Indian journal of veterinary science and animal husbandry - Volumes 28-29, 1958-1959
Year: 1958
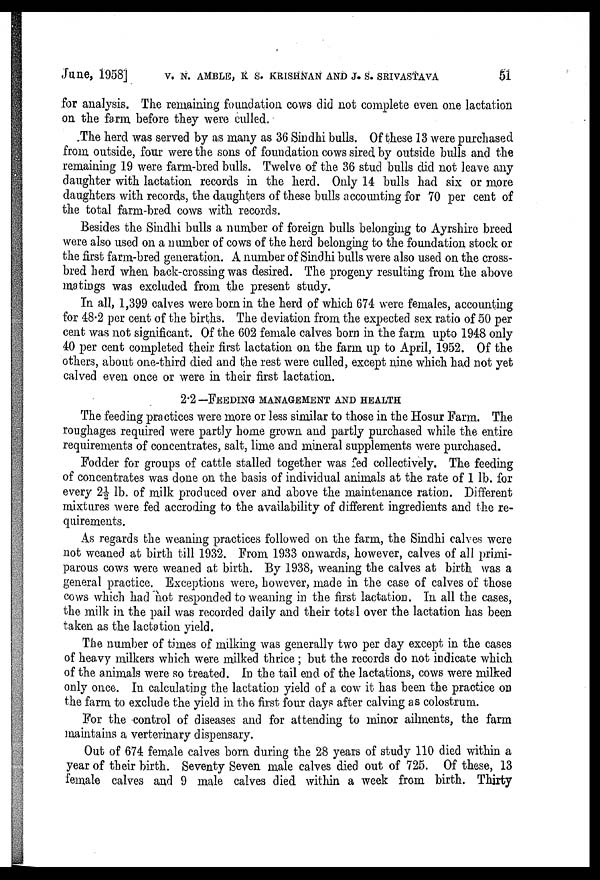
June, 1958] V. N. AMBLE, K. S. KRISHNAN AND J. S. SRIVASTAVA 51
for analysis. The remaining foundation cows did not complete even one lactation
on the farm before they were culled.
The herd was served by as many as 36 Sindhi bulls. Of these 13 were purchased
from outside, four were the sons of foundation cows sired by outside bulls and the
remaining 19 were farm-bred bulls. Twelve of the 36 stud bulls did not leave any
daughter with lactation records in the herd. Only 14 bulls had six or more
daughters with records, the daughters of these bulls accounting for 70 per cent of
the total farm-bred cows with records.
Besides the Sindhi bulls a number of foreign bulls belonging to Ayrshire breed
were also used on a number of cows of the herd belonging to the foundation stock or
the first farm-bred generation. A number of Sindhi bulls were also used on the cross-
bred herd when back-crossing was desired. The progeny resulting from the above
matings was excluded from the present study.
In all, 1,399 calves were born in the herd of which 674 were females, accounting
for 48.2 per cent of the births. The deviation from the expected sex ratio of 50 per
cent was not significant. Of the 602 female calves born in the farm upto 1948 only
40 per cent completed their first lactation on the farm up to April, 1952. Of the
others, about one-third died and the rest were culled, except nine which had not yet
calved even once or were in their first lactation.
2.2—FEEDING MANAGEMENT AND HEALTH
The feeding practices were more or less similar to those in the Hosur Farm. The
roughages required were partly home grown and partly purchased while the entire
requirements of concentrates, salt, lime and mineral supplements were purchased.
Fodder for groups of cattle stalled together was fed collectively. The feeding
of concentrates was done on the basis of individual animals at the rate of 1 lb. for
every 2½ lb. of milk produced over and above the maintenance ration. Different
mixtures were fed accroding to the availability of different ingredients and the re-
quirements.
As regards the weaning practices followed on the farm, the Sindhi calves were
not weaned at birth till 1932. From 1933 onwards, however, calves of all primi-
parous cows were weaned at birth. By 1938, weaning the calves at birth was a
general practice. Exceptions were, however, made in the case of calves of those
cows which had not responded to weaning in the first lactation. In all the cases,
the milk in the pail was recorded daily and their total over the lactation has been
taken as the lactation yield.
The number of times of milking was generally two per day except in the cases
of heavy milkers which were milked thrice ; but the records do not indicate which
of the animals were so treated. In the tail end of the lactations, cows were milked
only once. In calculating the lactation yield of a cow it has been the practice on
the farm to exclude the yield in the first four days after calving as colostrum.
For the control of diseases and for attending to minor ailments, the farm
maintains a verterinary dispensary.
Out of 674 female calves born during the 28 years of study 110 died within a
year of their birth. Seventy Seven male calves died out of 725. Of these, 13
female calves and 9 male calves died within a week from birth. Thirty